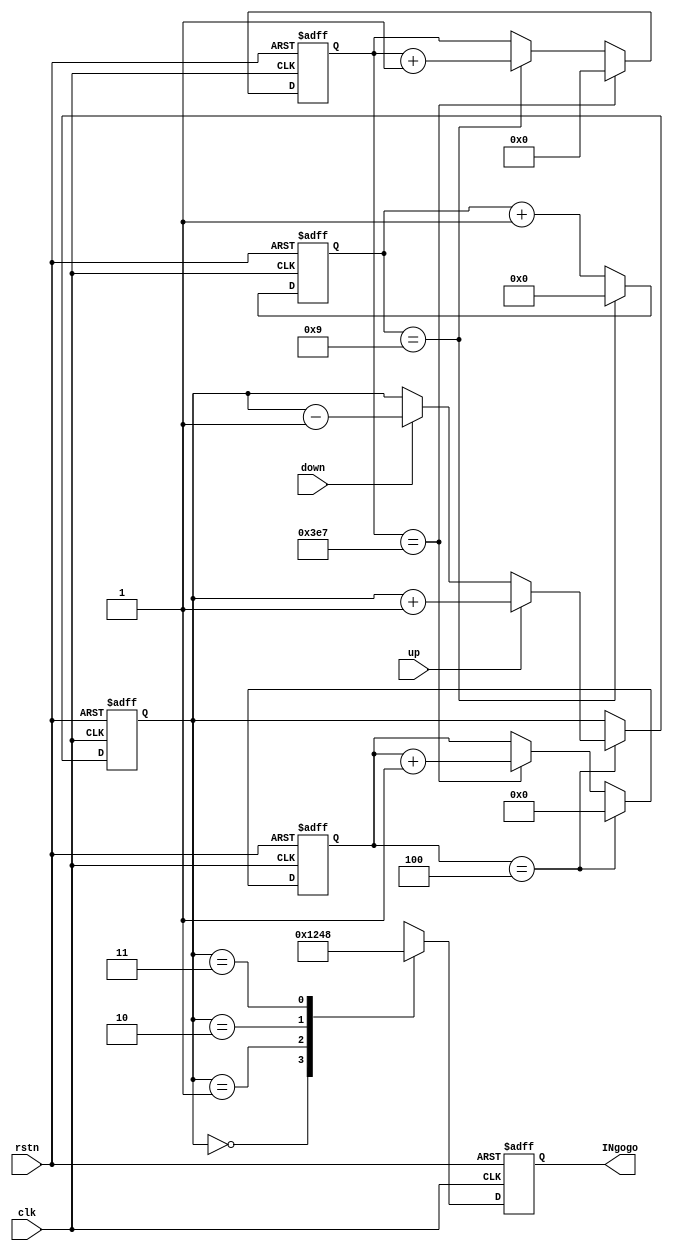
//==============================================================================
// Module name: uln2003
// Description: 
//1. ,updown
//2. 6ms4~15.
// -------------------------------------------------
// Modification log here:
// Author     :
// Date       : 
// Message    :
//==============================================================================
module ULN2003
(
  input               clk,
  input               rstn,

  input               up,
  input               down,
  output  reg  [3:0]  INgogo
);

  reg  [6:0]  cnt100;
  reg  [9:0]  cnt1000;
  reg  [3:0]  cnt_speed;
  reg  [1:0]  fsm;

  always@(posedge clk or negedge rstn) begin //100 * 10 = 1000 ns = 1us
    if(!rstn) begin
      cnt100 <= 7'd0;
    end
    else if(cnt100 == 7'd9) begin
      cnt100 <= 7'd0;
    end
    else begin
      cnt100 <= cnt100 + 1'b1;
    end
  end

  always@(posedge clk or negedge rstn) begin //1 * 1000 = 1000 us = 1ms
    if(!rstn) begin
      cnt1000 <= 10'd0;
    end
    else if(cnt1000 == 10'd999) begin
      cnt1000 <= 10'd0;
    end
    else if(cnt100 == 7'd9) begin
      cnt1000 <= cnt1000 + 1'b1;
    end
  end

  always@(posedge clk or negedge rstn) begin //1ms * 6 = 6ms
    if(!rstn) begin
      cnt_speed <= 4'd0;
      fsm <= 2'b00;
    end
    else if(cnt_speed == 4'd4) begin
      if(up) begin
        cnt_speed <= 4'd0;
        fsm <= fsm + 1'b1;
      end
      else if(down) begin
        cnt_speed <= 4'd0;
        fsm <= fsm - 1'b1;
      end
      else begin
        cnt_speed <= 4'd0;
      end
    end
    else if(cnt1000 == 10'd999) begin
      cnt_speed <= cnt_speed + 1'b1;
    end
  end

  always@(posedge clk or negedge rstn) begin
    if(!rstn) begin
      INgogo <= 4'd0;
    end
    else begin
      case(fsm)
        2'b00:INgogo <= 4'b0001;
        2'b01:INgogo <= 4'b0010;
        2'b10:INgogo <= 4'b0100;
        2'b11:INgogo <= 4'b1000;
        default:;
      endcase
    end
  end

endmodule